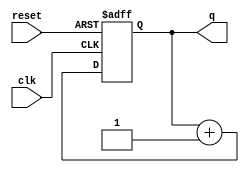
module top_module (
    input clk,
    input reset,
    output [9:0] q);

    reg [9:0] count;

    always @(posedge clk or posedge reset) begin
        if (reset) begin
            count <= 0;
        end else begin
            count <= count + 1;
        end
    end

    assign q = count;

endmodule